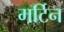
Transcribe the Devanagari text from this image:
मर्टिन